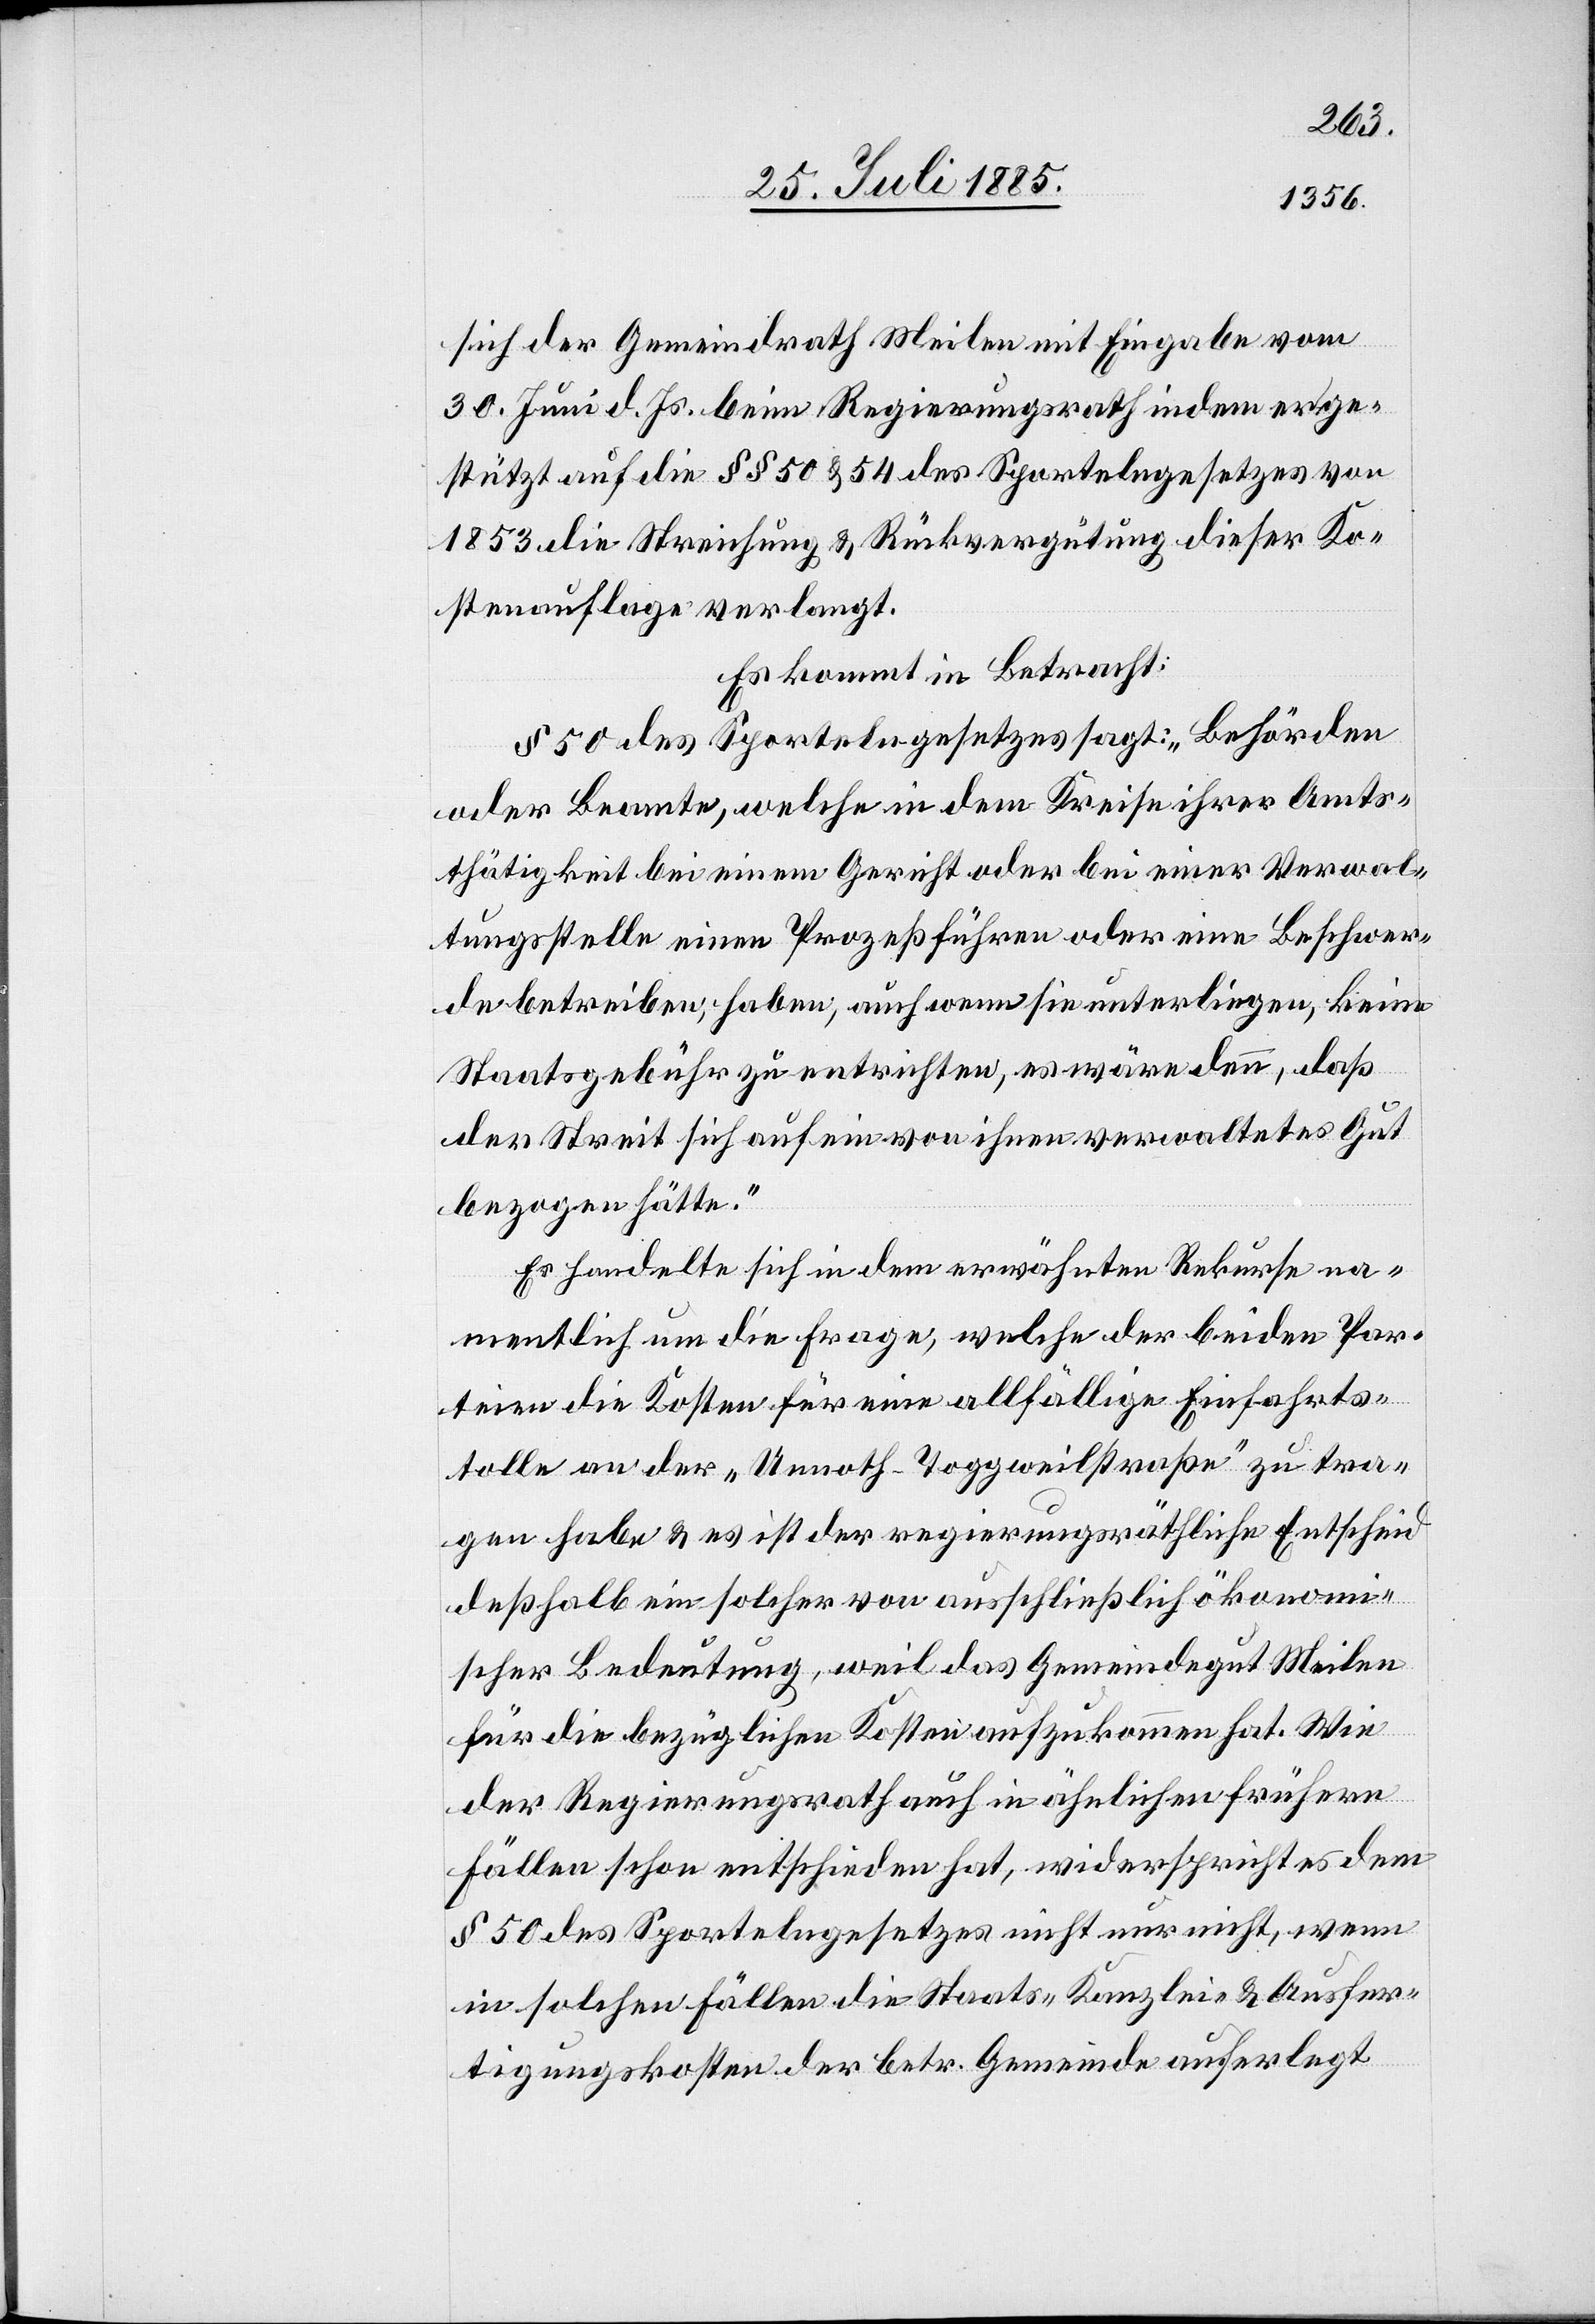
sich der Gemeindrath Meilen mit Eingabe vom
30. Juni d. Js. beim Regierungsrath indem er ge¬
stützt auf die §§ 50 & 54 des Sportelngesetzes von
1853 die Streichung & Rückvergütung dieser Ko¬
stenauflage verlangt.
Es kommt in Betracht:
§ 50 des Sportelngesetzes sagt: „Behörden
oder Beamte, welche in dem Kreise ihrer Amts¬
tätigkeit bei einem Gericht oder bei einer Verwal¬
tungsstelle einen Prozeß führen oder eine Beschwer¬
de betreiben, haben, auch wenn sie unterliegen, keine
Staatsgebühr zu entrichten, es wäre denn, daß
der Streit sich auf ein von ihnen verwaltetes Gut
bezogen hätte.“
Es handelte sich in dem erwähnten Rekurse na¬
mentlich um die Frage, welche der beiden Par¬
teien die Kosten für eine allfällige Einfahrts¬
tolle an der „Unnoth–Toggweilstraße“ zu tra¬
gen habe & es ist der regierungsräthliche Entscheid
deßhalb ein solcher von ausschließlich ökonomi¬
scher Bedeutung, weil das Gemeindegut Meilen
für die bezüglichen Kosten aufzukommen hat. Wie
der Regierungsrath auch in ähnlichen frühern
Fällen schon entschieden hat, widerspricht es dem
§ 50 des Sportelngesetzes nicht nur nicht, wenn
in solchen Fällen die Staats- Kanzlei- & Ausfer¬
tigungskosten der betr. Gemeinde auferlegt